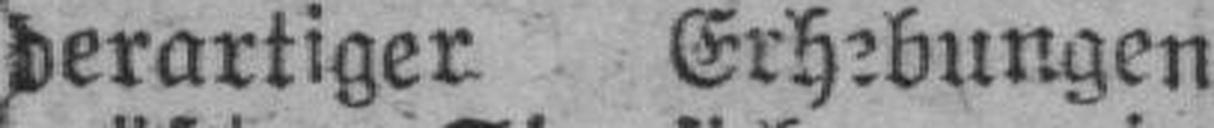
derartiger Erhebungen